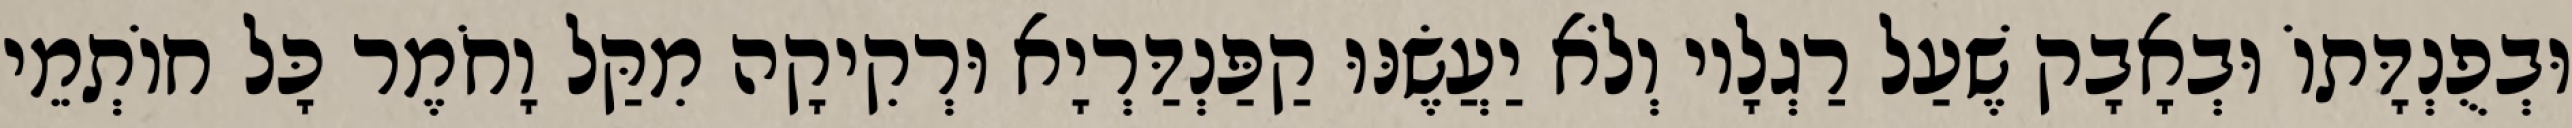
וּבְפֻנְדָּתוֹ וּבְאָבָק שֶׁעַל רַגְלָיו וְלֹא יַעֲשֶׂנּוּ קַפַּנְדַּרְיָא וּרְקִיקָה מִקַּל וָחֹמֶר כָּל חוֹתְמֵי